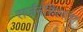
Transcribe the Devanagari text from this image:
सर्जनशिलता